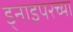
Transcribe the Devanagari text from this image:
ड्नाइपरच्या